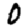
Digit: 0